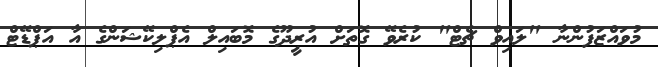
މުވައްޒަފުންނާ "ލައިވް ޗެޓް" ކުރެވޭ ގޮތަށް އުރީދޫގެ މޮބައިލް އެޕްލިކޭޝަންގެ އާ އަޕްޑޭޓް